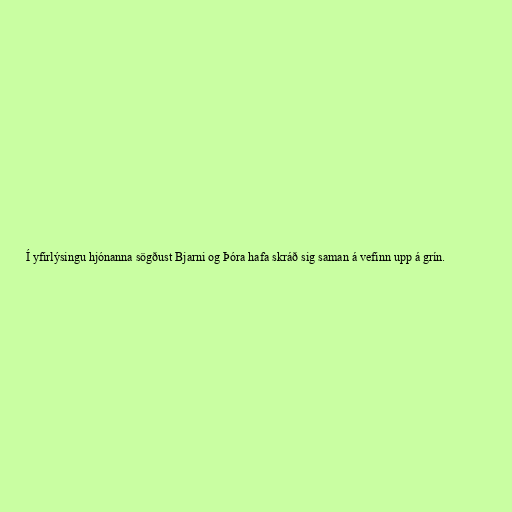
Í yfirlýsingu hjónanna sögðust Bjarni og Þóra hafa skráð sig saman á vefinn upp á grín.